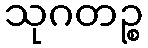
သုဂတဉ္စ